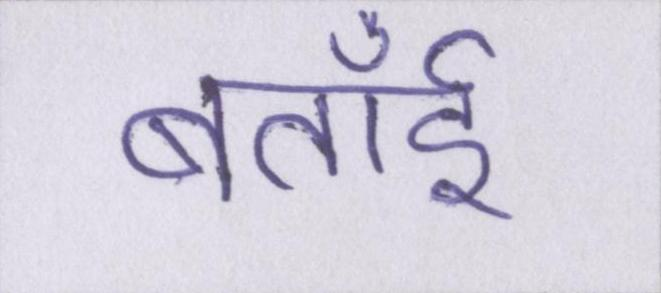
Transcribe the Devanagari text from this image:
बताईँ